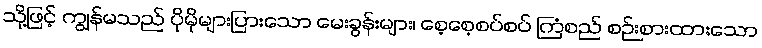
သို့ဖြင့် ကျွန်မသည် ပိုမိုများပြားသော မေးခွန်းများ၊ စေ့စေ့စပ်စပ် ကြံစည် စဉ်းစားထားသော